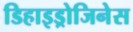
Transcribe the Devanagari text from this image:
डिहाइड्रोजिनेस